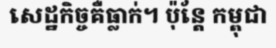
សេដ្ឋកិច្ចគឺធ្លាក់។ ប៉ុន្តែ កម្ពុជា